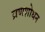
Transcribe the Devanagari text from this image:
व्रणशोधन